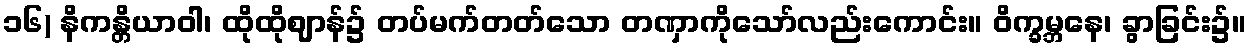
၁၆) နိကန္တိယာဝါ၊ ထိုထိုဈာန်၌ တပ်မက်တတ်သော တဏှာကိုသော်လည်းကောင်း။ ဝိက္ခမ္ဘနေ၊ ခွာခြင်း၌။